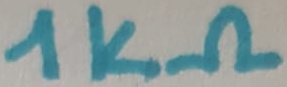
Text: 1kΩ